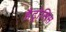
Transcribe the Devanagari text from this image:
हैट्रोसिस